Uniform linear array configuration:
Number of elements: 16
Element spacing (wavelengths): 0.25
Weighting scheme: cosine
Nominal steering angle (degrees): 30
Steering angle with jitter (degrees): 29.188
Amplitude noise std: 0.05
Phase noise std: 0.05

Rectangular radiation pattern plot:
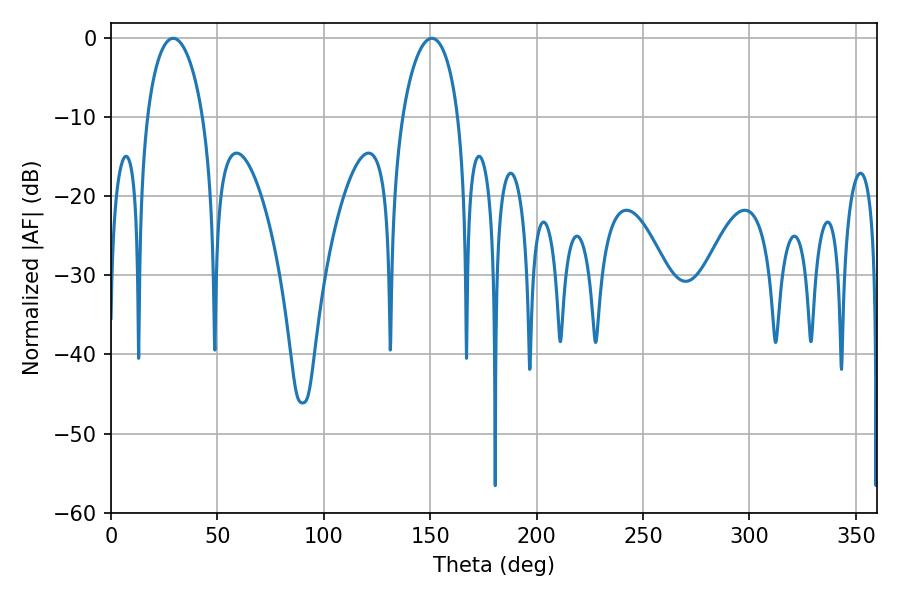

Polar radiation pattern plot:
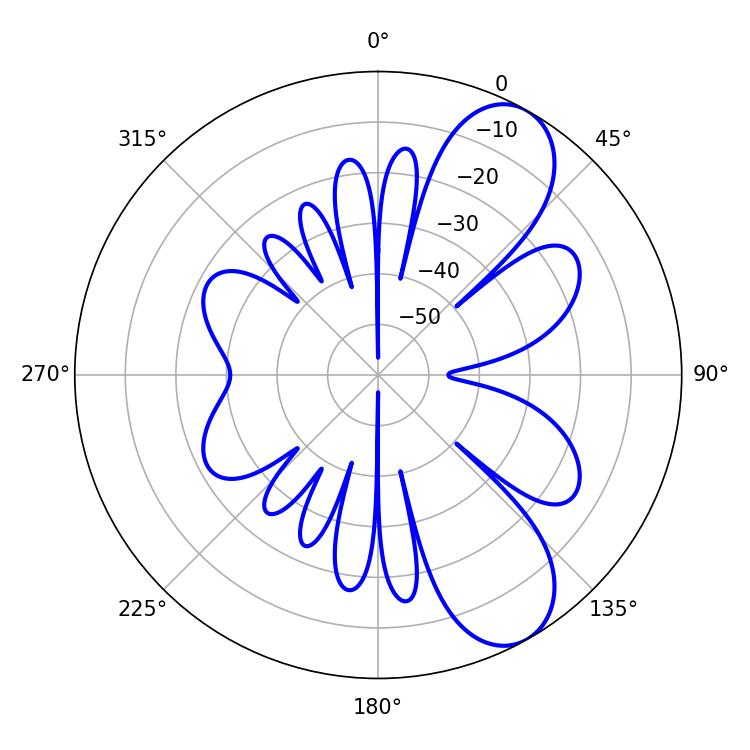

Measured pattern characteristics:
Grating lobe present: FALSE
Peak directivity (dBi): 8.551
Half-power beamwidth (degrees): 15.12
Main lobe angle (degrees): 29.16